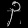
Digit: ၃